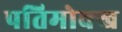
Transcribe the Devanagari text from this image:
पतिमोक्ख